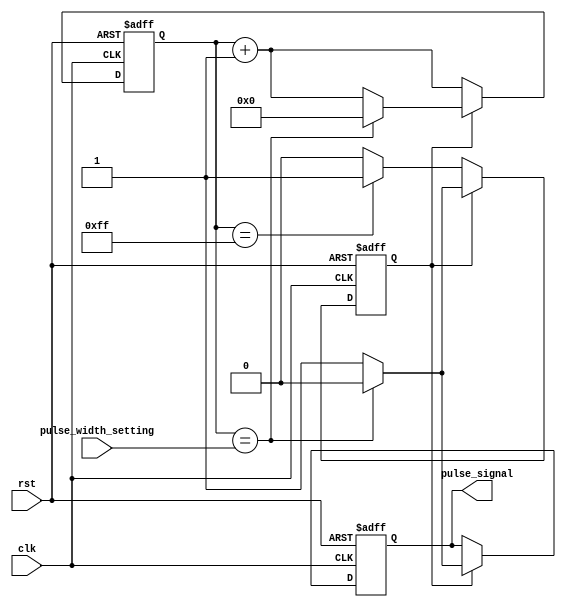
module variable_pulse_width_generator (
    input wire clk,
    input wire rst,
    input wire [7:0] pulse_width_setting,
    output reg pulse_signal
);

reg [7:0] counter;
reg pulsing;

always @(posedge clk or posedge rst) begin
    if (rst) begin
        counter <= 8'b00000000;
        pulsing <= 1'b0;
        pulse_signal <= 1'b0;
    end else begin
        if (pulsing) begin
            if (counter == pulse_width_setting) begin
                pulsing <= 1'b0;
                counter <= 8'b00000000;
                pulse_signal <= 1'b0;
            end else begin
                counter <= counter + 1;
                pulse_signal <= 1'b1;
            end
        end else begin
            counter <= counter + 1;
            if (counter == 8'b11111111) begin
                pulsing <= 1'b1;
            end
        end
    end
end

endmodule